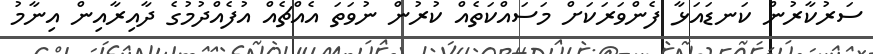
ސަރުކާރުން ކަނޑައަޅާ ފެންވަރަކަށް މަސައްކަތެއް ކުރުން ނުވަތަ އެއްޗެއް އުފެއްދުމުގެ ދާއިރާއިން އިނާމު